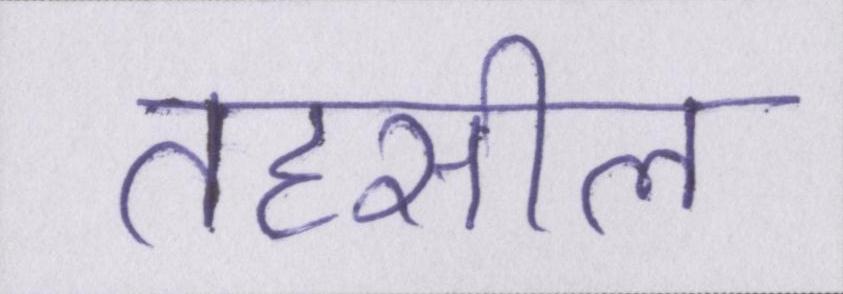
तहसील